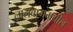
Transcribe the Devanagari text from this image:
लालबागमधील